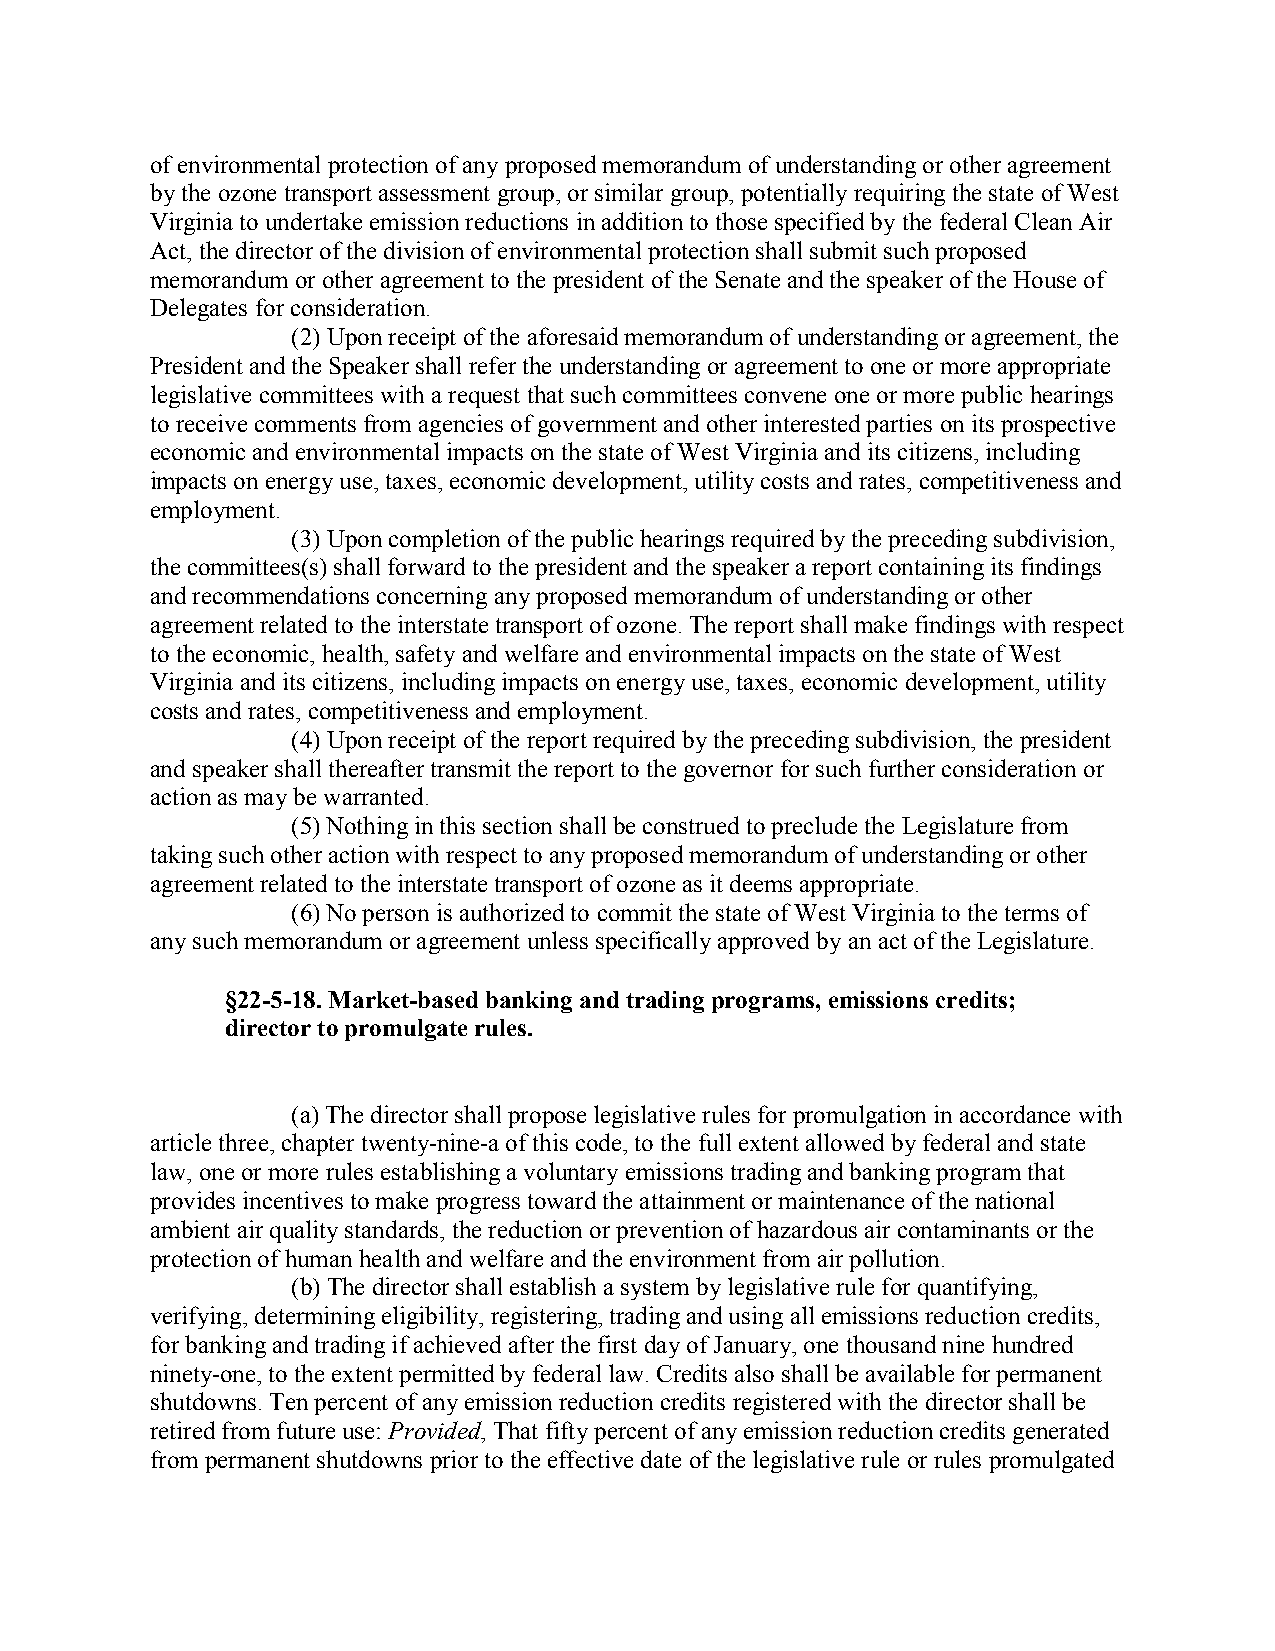
of environmental protection of any proposed memorandum of understanding or other agreement
 by the ozone transport assessment group, or similar group, potentially requiring the state of West
 Virginia to undertake emission reductions in addition to those specified by the federal Clean Air
 Act, the director of the division of environmental protection shall submit such proposed
 memorandum or other agreement to the president of the Senate and the speaker of the House of
 Delegates for consideration.
 (2) Upon receipt of the aforesaid memorandum of understanding or agreement, the
 President and the Speaker shall refer the understanding or agreement to one or more appropriate
 legislative committees with a request that such committees convene one or more public hearings
 to receive comments from agencies of government and other interested parties on its prospective
 economic and environmental impacts on the state of West Virginia and its citizens, including
 impacts on energy use, taxes, economic development, utility costs and rates, competitiveness and
 employment.
 (3) Upon completion of the public hearings required by the preceding subdivision,
 the committees(s) shall forward to the president and the speaker a report containing its findings
 and recommendations concerning any proposed memorandum of understanding or other
 agreement related to the interstate transport of ozone. The report shall make findings with respect
 to the economic, health, safety and welfare and environmental impacts on the state of West
 Virginia and its citizens, including impacts on energy use, taxes, economic development, utility
 costs and rates, competitiveness and employment.
 (4) Upon receipt of the report required by the preceding subdivision, the president
 and speaker shall thereafter transmit the report to the governor for such further consideration or
 action as may be warranted.
 (5) Nothing in this section shall be construed to preclude the Legislature from
 taking such other action with respect to any proposed memorandum of understanding or other
 agreement related to the interstate transport of ozone as it deems appropriate.
 (6) No person is authorized to commit the state of West Virginia to the terms of
 any such memorandum or agreement unless specifically approved by an act of the Legislature.
 §22-5-18. Market-based banking and trading programs, emissions credits;
 director to promulgate rules.
 (a) The director shall propose legislative rules for promulgation in accordance with
 article three, chapter twenty-nine-a of this code, to the full extent allowed by federal and state
 law, one or more rules establishing a voluntary emissions trading and banking program that
 provides incentives to make progress toward the attainment or maintenance of the national
 ambient air quality standards, the reduction or prevention of hazardous air contaminants or the
 protection of human health and welfare and the environment from air pollution.
 (b) The director shall establish a system by legislative rule for quantifying,
 verifying, determining eligibility, registering, trading and using all emissions reduction credits,
 for banking and trading if achieved after the first day of January, one thousand nine hundred
 ninety-one, to the extent permitted by federal law. Credits also shall be available for permanent
 shutdowns. Ten percent of any emission reduction credits registered with the director shall be
 retired from future use: Provided, That fifty percent of any emission reduction credits generated
 from permanent shutdowns prior to the effective date of the legislative rule or rules promulgated